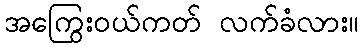
အကြွေးဝယ်ကတ် လက်ခံလား။